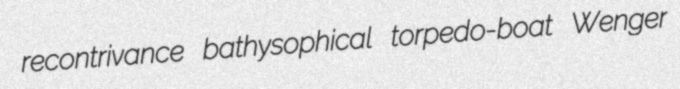
recontrivance bathysophical torpedo-boat Wenger